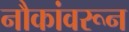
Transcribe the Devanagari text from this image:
नौकांवरून